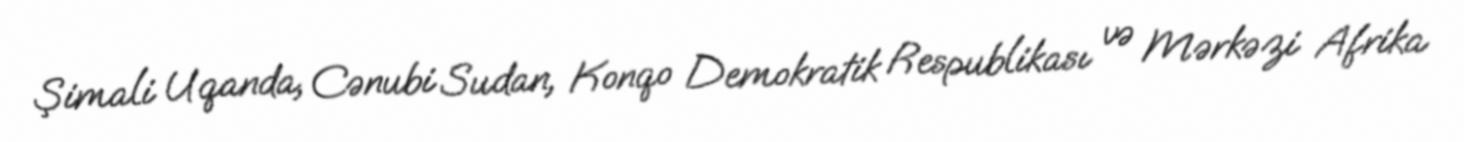
Şimali Uqanda, Cənubi Sudan, Konqo Demokratik Respublikası və Mərkəzi Afrika